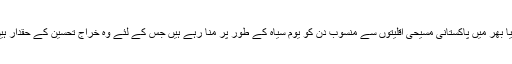
دُنیا بھر میں پاکستانی مسیحی اقلیتوں سے منسوب دن کو یوم سیاہ کے طور پر منا رہے ہیں جس کے لئے وہ خراج تحسین کے حقدار ہیں۔